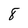
Character: 8